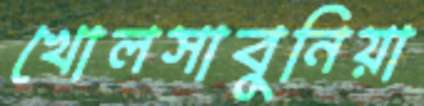
খোলসাবুনিয়া